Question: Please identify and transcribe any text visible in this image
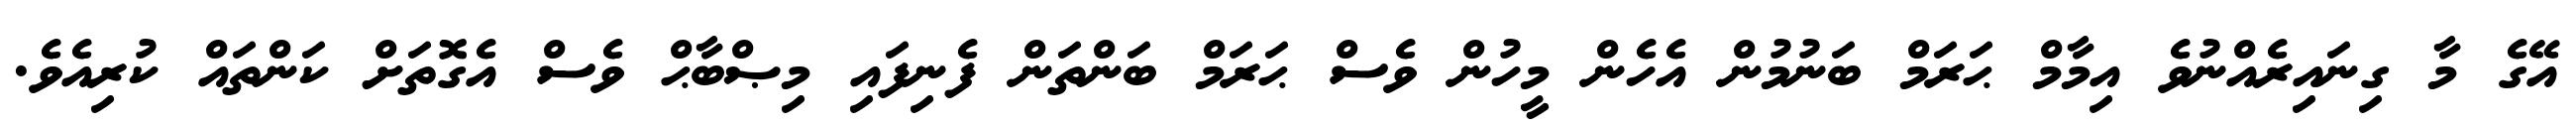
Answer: އޭގެ މާ ގިނައިރެއްނުވެ އިމާމް ޙަރަމް ބަނުމުން އެހެން މީހުން ވެސް ޙަރަމް ބަންތަން ފެނިފައި މިޞްބާޙް ވެސް އެގޮތަށް ކަންތައް ކުރިއެވެ.